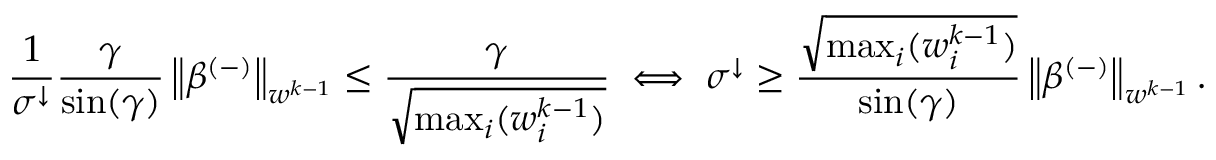
\frac { 1 } { \sigma ^ { \downarrow } } \frac { \gamma } { \sin ( \gamma ) } \left\lVert \beta ^ { ( - ) } \right\rVert _ { w ^ { k - 1 } } \leq \frac { \gamma } { \sqrt { \operatorname* { m a x } _ { i } ( w _ { i } ^ { k - 1 } ) } } \iff \sigma ^ { \downarrow } \geq \frac { \sqrt { \operatorname* { m a x } _ { i } ( w _ { i } ^ { k - 1 } ) } } { \sin ( \gamma ) } \left\lVert \beta ^ { ( - ) } \right\rVert _ { w ^ { k - 1 } } .